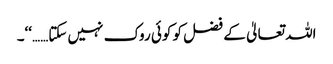
اللہ تعالیٰ کے فضل کو کوئی روک نہیں سکتا……‘‘۔